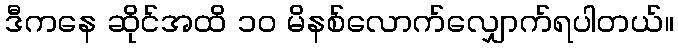
ဒီကနေ ဆိုင်အထိ ၁၀ မိနစ်လောက်လျှောက်ရပါတယ်။